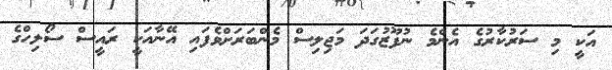
އަކީ މި ސަރުކާރުގެ އެންމެ ނުފޫޒުގަދަ މަޖިލިސް މެންބަރަށްވެފައި އޭނާއަކީ ރައީސް ސޯލިހްގެ